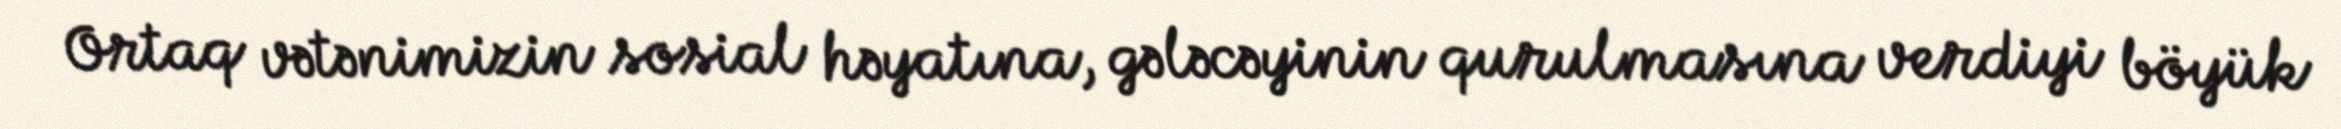
Ortaq vətənimizin sosial həyatına, gələcəyinin qurulmasına verdiyi böyük